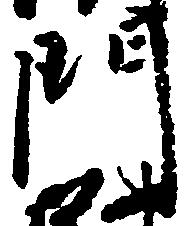
門